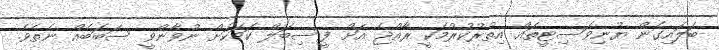
ބަލައިގެން ޔުނިވަސިޓީތައް އިތުރުކުރުމަކީ ރާއްޖެ އަށް ފީސިބަލް ކަމަކަށް ނުވާންވީ ސަބަބެއް ނެތެވެ.